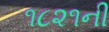
૧૮૨૧ની